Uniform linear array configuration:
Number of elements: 32
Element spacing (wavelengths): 1
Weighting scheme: binomial
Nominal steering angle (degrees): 30
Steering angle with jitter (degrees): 31.794
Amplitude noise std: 0.05
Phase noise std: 0.05

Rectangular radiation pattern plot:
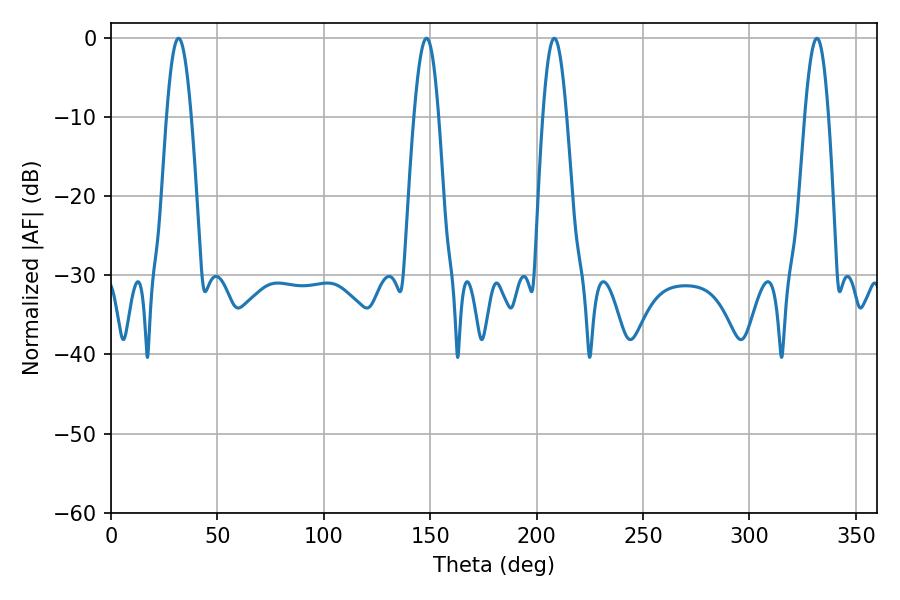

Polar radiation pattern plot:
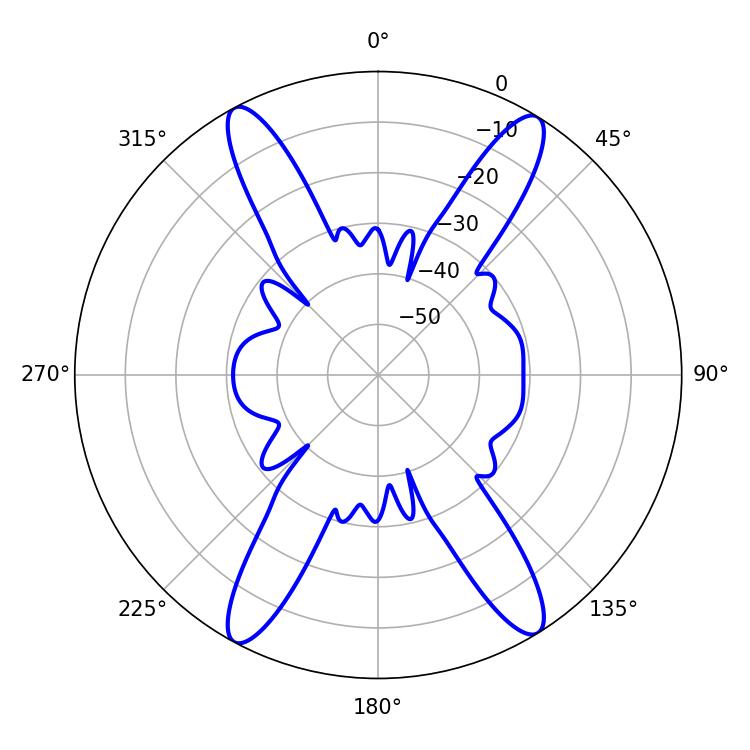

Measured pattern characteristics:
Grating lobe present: TRUE
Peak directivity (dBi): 20.893
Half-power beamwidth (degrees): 5.94
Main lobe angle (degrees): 208.26